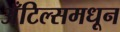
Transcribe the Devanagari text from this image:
अँटिल्समधून